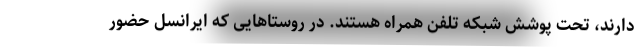
دارند، تحت پوشش شبکه تلفن همراه هستند. در روستاهایی که ایرانسل حضور